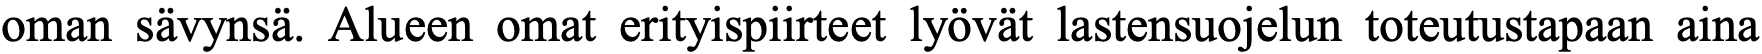
oman sävynsä. Alueen omat erityispiirteet lyövät lastensuojelun toteutustapaan aina